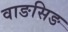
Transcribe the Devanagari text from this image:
वाङसिङ